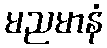
မညမာနံ